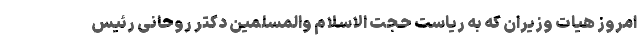
امروز هیات وزیران که به ریاست حجت الاسلام والمسلمین دکتر روحانی رئیس